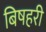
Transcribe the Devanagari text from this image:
बिषहरी